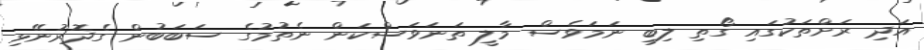
އަދި ރަށްތަކުގައި ގޯތި ލިބި ނަމަވެސް މާލީ ތަނަވަސްކަން ނެތުމުގެ ސަބަބުން ގެދޮރުނޭޅި